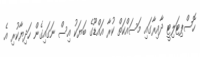
ހޮސްޕިޓަލިޓީ ދާއިރާގައި މަސައްކަތް ކުރާ އައްޑޫގެ ބަޔަކު އިސް ނަގައިގެން ހަދިޔާކުރި އެ